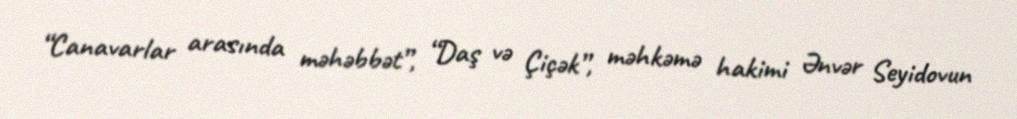
“Canavarlar arasında məhəbbət”, “Daş və Çiçək”, məhkəmə hakimi Ənvər Seyidovun